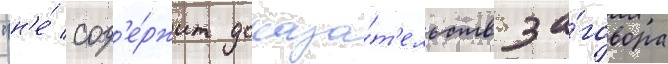
"н'е́ сод'е́ржит доказа́т'ельств за́говора